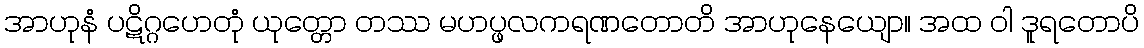
အာဟုနံ ပဋိဂ္ဂဟေတုံ ယုတ္တော တဿ မဟပ္ဖလကရဏတောတိ အာဟုနေယျော။ အထ ဝါ ဒူရတောပိ